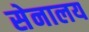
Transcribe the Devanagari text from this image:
सेनालय